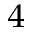
^ { 4 }